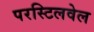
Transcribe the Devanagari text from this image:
परस्टिलवेल